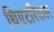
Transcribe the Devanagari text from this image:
थिएटरिकल